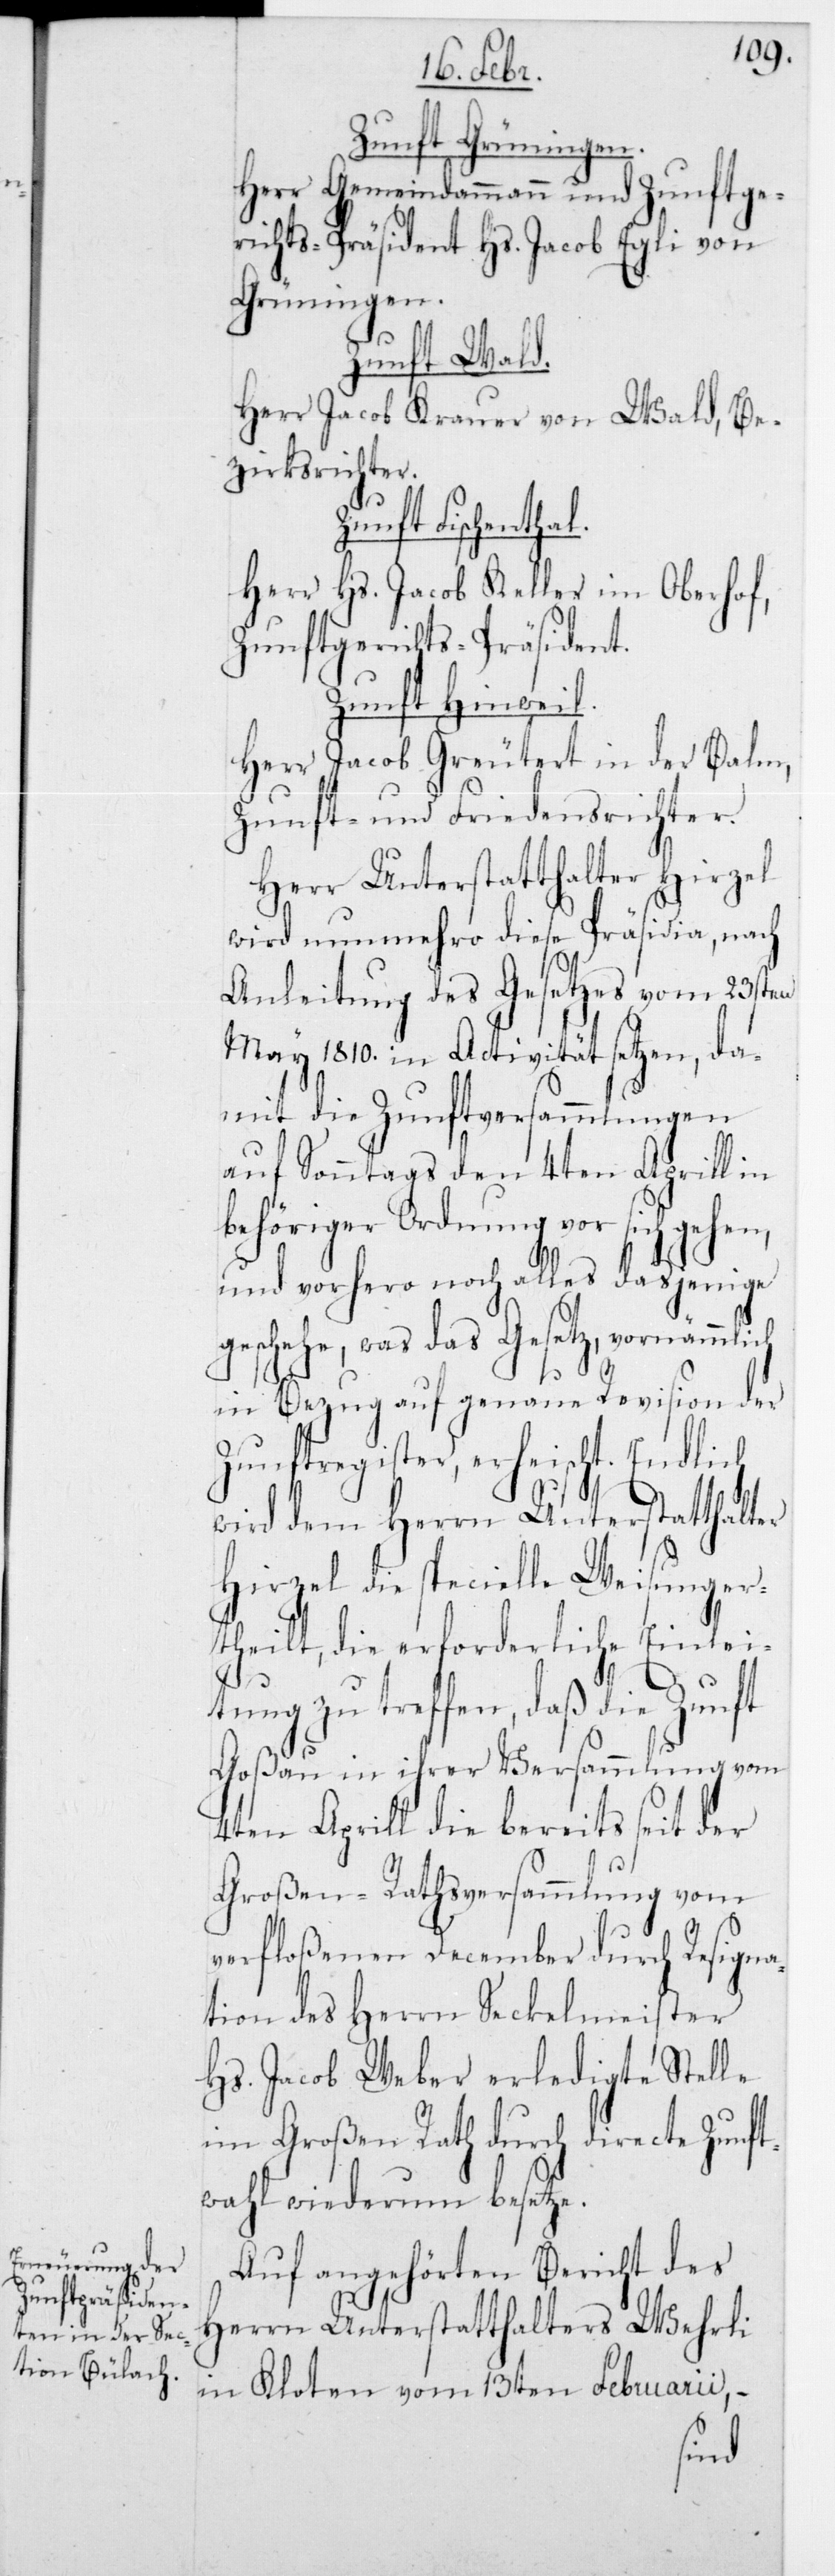
Zunft Grüningen.
Herr Gemeindammann und Zunftge¬
richts-Präsident Hs. Jacob Egli von
Grüningen.
Zunft Wald.
Herr Jacob Krauer von Wald, Be¬
zirksrichter.
Zunft Fischenthal.
Herr Hs. Jacob Keller im Oberhof,
Zunftgerichts-Präsident.
Zunft Hinwil.
Herr Jacob Greutert in der Balm,
Zunft- und Friedensrichter.
Herr Unterstatthalter Hirzel
wird nunmehro diese Präsidia, nach
Anleitung des Gesetzes vom 23sten
May 1810 in Activität setzen, da¬
mit die Zunftversammlungen
auf Sonntags den 4ten Aprill in
behöriger Ordnung vor sich gehen,
und vorhero noch alles dasjenige
geschehe, was das Gesetz, vornämmlich
in Bezug auf genaue Revision der
Zunftregister, erheischt. Endlich
wird dem Herrn Unterstatthalter
Hirzel die specielle Weisung er¬
theilt, die erforderliche Einlei¬
tung zu treffen, daß die Zunft
Goßau in ihrer Versammlung vom
4ten Aprill die bereits seit der
Großen-Rathsversammlung vom
verfloßenen December durch Resigna¬
tion des Herrn Seckelmeister
Hs. Jacob Weber erledigte Stelle
im Großen Rath durch directe Zunft¬
wahl wiederum besetze.
Auf angehörten Bericht des
Herrn Unterstatthalters Wehrli
in Kloten vom 13ten Februarii, –